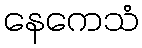
နေကေသံ